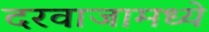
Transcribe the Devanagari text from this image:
दरवाजामध्ये